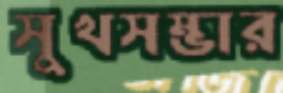
সুখসম্ভার